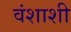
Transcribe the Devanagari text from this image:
वंशाशी